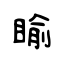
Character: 睮